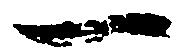
一